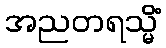
အညတရသ္မိံ